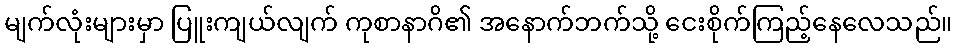
မျက်လုံးများမှာ ပြူးကျယ်လျက် ကုစာနာဂိ၏ အနောက်ဘက်သို့ ငေးစိုက်ကြည့်နေလေသည်။